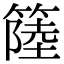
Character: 𥲎